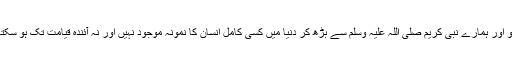
اور تو اور ہمارے نبی کریم صلی اللہ علیہ وسلم سے بڑھ کر دنیا میں کسی کامل انسان کا نمونہ موجود نہیں اور نہ آئندہ قیامت تک ہو سکتا ہے۔